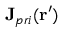
\mathbf { J } _ { p r i } ( \mathbf { r } ^ { \prime } )